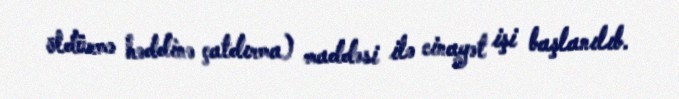
öldürmə həddinə çatdırma) maddəsi ilə cinayət işi başlanılıb.